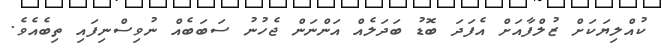
ކުއްލިޔަކަށް ޒުލްފާއަށް އެފަދަ ބޮޑު ބަދަލެއް އަންނަން ޖެހުނު ސަބަބެއް ނުވިސްނިފައި ތިބެއެވެ.